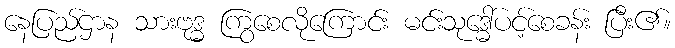
နေပြည်ဌာန သားဗုဒ္ဓ ကြွစေလိုကြောင်း မင်းသုဒ္ဓေါ်ပင့်စေခန်း ပြီး၏။